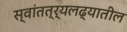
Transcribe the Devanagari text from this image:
स्वांतत्र्यलढ्यातील